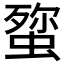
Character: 𮔞